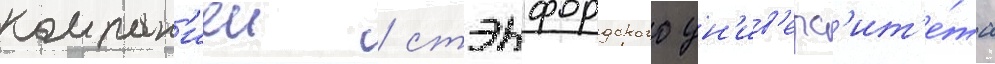
компан'иеи / стэнфордского ун'ив'ерс'ит'е́та